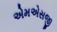
એમએસજી